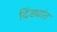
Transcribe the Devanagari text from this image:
दिंड्यांत